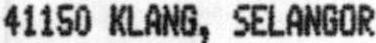
41150 KLANG, SELANGOR